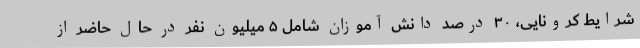
شرایط کرونایی، ۳۰ درصد دانش آموزان شامل ۵ میلیون نفر در حال حاضر از